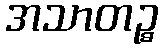
အသာတဉ္စ